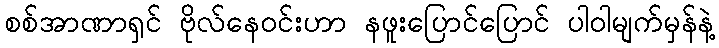
စစ်အာဏာရှင် ဗိုလ်နေဝင်းဟာ နဖူးပြောင်ပြောင် ပါဝါမျက်မှန်နဲ့